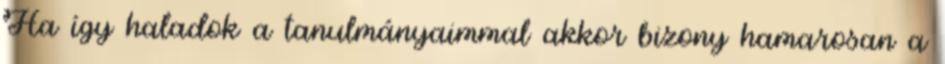
Ha így haladok a tanulmányaimmal akkor bizony hamarosan a